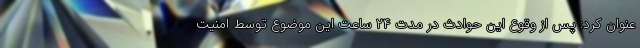
عنوان کرد: پس از وقوع این حوادث در مدت ۲۴ ساعت این موضوع توسط امنیت